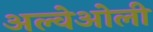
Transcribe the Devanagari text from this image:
अल्वेओली